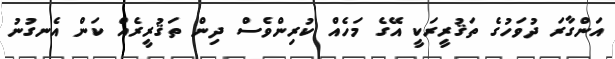
އަންގާރަ ދުވަހުގެ ތަޤުރީރަކީ އޭގެ މަހެއް ކުރިންވެސް ދިން ތަޤުރީރެއް ކަން އެނގުނު